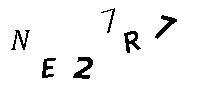
NE27R7